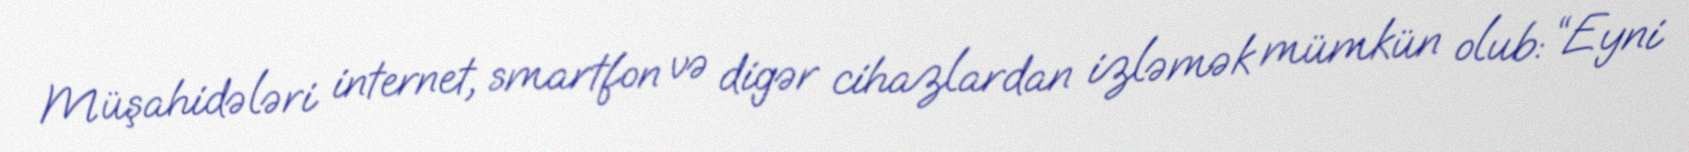
Müşahidələri internet, smartfon və digər cihazlardan izləmək mümkün olub: “Eyni